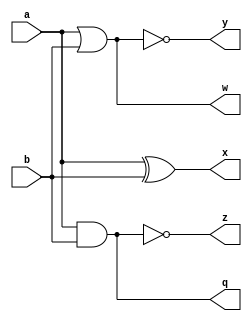
`timescale 1ns / 1ps
//////////////////////////////////////////////////////////////////////////////////
// Company: 
// Engineer: 
// 
// Design Name: 
// Module Name: report1_logic_gate1
// Project Name: 
// Target Devices: 
// Tool Versions: 
// Description: 
// 
// Dependencies: 
// 
// Revision:
// Revision 0.01 - File Created
// Additional Comments:
// 
//////////////////////////////////////////////////////////////////////////////////


module report1_logic_gate1(a, b, q, w, x, y, z);
input a, b;
output q, w, x, y, z;
wire q, w, x, y, z;

assign q = a & b;
assign w = a | b;
assign x = a ^ b;
assign y = ~ (a | b);
assign z = ~ (a & b);
endmodule